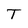
Character: T